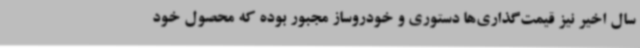
سال اخیر نیز قیمت‌گذاری‌ها دستوری و خودروساز مجبور بوده که محصول خود